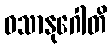
ဝသာနုဂေါတိ